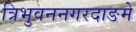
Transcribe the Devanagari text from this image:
त्रिभुवननगरदाङमे